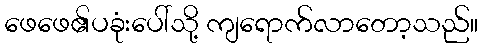
ဖေဖေ၏ပခုံးပေါ်သို့ ကျရောက်လာတော့သည်။